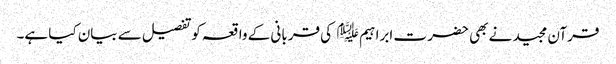
قرآن مجید نے بھی حضر ت ابراہیم ﷤ کی قربانی کے واقعہ کوتفصیل سے بیان کیا ہے۔